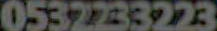
0532233223